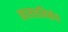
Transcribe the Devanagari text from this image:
कालशनिकोव